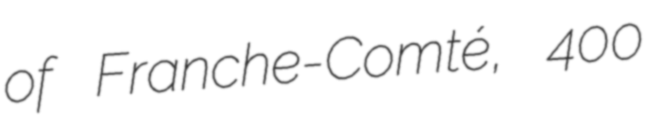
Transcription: of Franche-Comté, 400